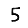
Digit: 5